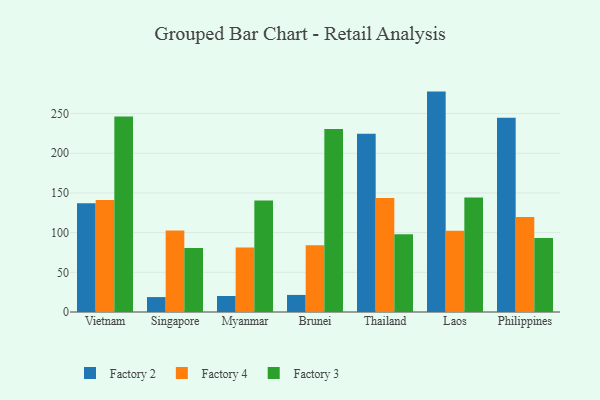
{"axis": {"x": "Country", "y": "Conversion Rate (%)"}, "legend": ["Factory 2", "Factory 3", "Factory 4"], "data": [{"x": "Vietnam", "y": 137.1, "type": "Factory 2"}, {"x": "Vietnam", "y": 141.2, "type": "Factory 4"}, {"x": "Vietnam", "y": 246.4, "type": "Factory 3"}, {"x": "Singapore", "y": 18.8, "type": "Factory 2"}, {"x": "Singapore", "y": 102.7, "type": "Factory 4"}, {"x": "Singapore", "y": 80.5, "type": "Factory 3"}, {"x": "Myanmar", "y": 20.2, "type": "Factory 2"}, {"x": "Myanmar", "y": 81.4, "type": "Factory 4"}, {"x": "Myanmar", "y": 140.4, "type": "Factory 3"}, {"x": "Brunei", "y": 21.5, "type": "Factory 2"}, {"x": "Brunei", "y": 84.0, "type": "Factory 4"}, {"x": "Brunei", "y": 230.5, "type": "Factory 3"}, {"x": "Thailand", "y": 224.5, "type": "Factory 2"}, {"x": "Thailand", "y": 143.6, "type": "Factory 4"}, {"x": "Thailand", "y": 97.9, "type": "Factory 3"}, {"x": "Laos", "y": 277.7, "type": "Factory 2"}, {"x": "Laos", "y": 102.5, "type": "Factory 4"}, {"x": "Laos", "y": 144.4, "type": "Factory 3"}, {"x": "Philippines", "y": 244.6, "type": "Factory 2"}, {"x": "Philippines", "y": 119.7, "type": "Factory 4"}, {"x": "Philippines", "y": 93.3, "type": "Factory 3"}]}